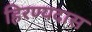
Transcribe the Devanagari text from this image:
हिरण्यदास